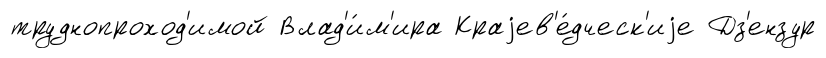
труднопроход'имой Влад'и́м'ира Краjев'е́дческ'иjе Дз'ензур